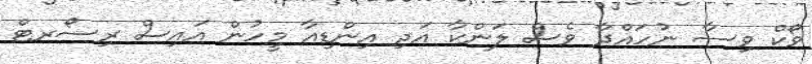
ވޯކް ވިސާ ނުހައްދާ ވެސް ލަންކާ އަދި އިންޑިއާ މީހުން އައިސް ރިސޯރޓް